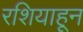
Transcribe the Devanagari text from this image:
रशियाहून